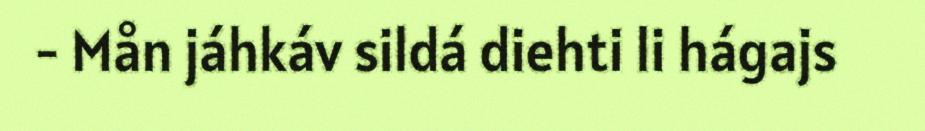
- Mån jáhkáv sildá diehti li hágajs